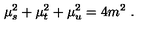
\mu _ { s } ^ { 2 } + \mu _ { t } ^ { 2 } + \mu _ { u } ^ { 2 } = 4 m ^ { 2 } \ .